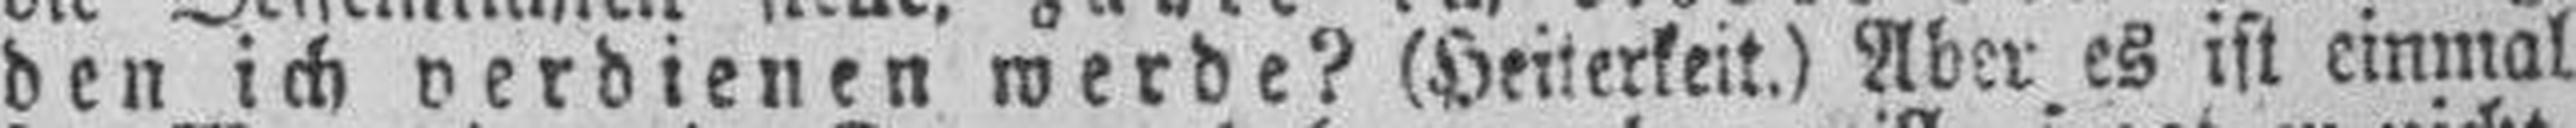
den ich verdienen werde? (Heiterkeit.) Aber es ist einmal